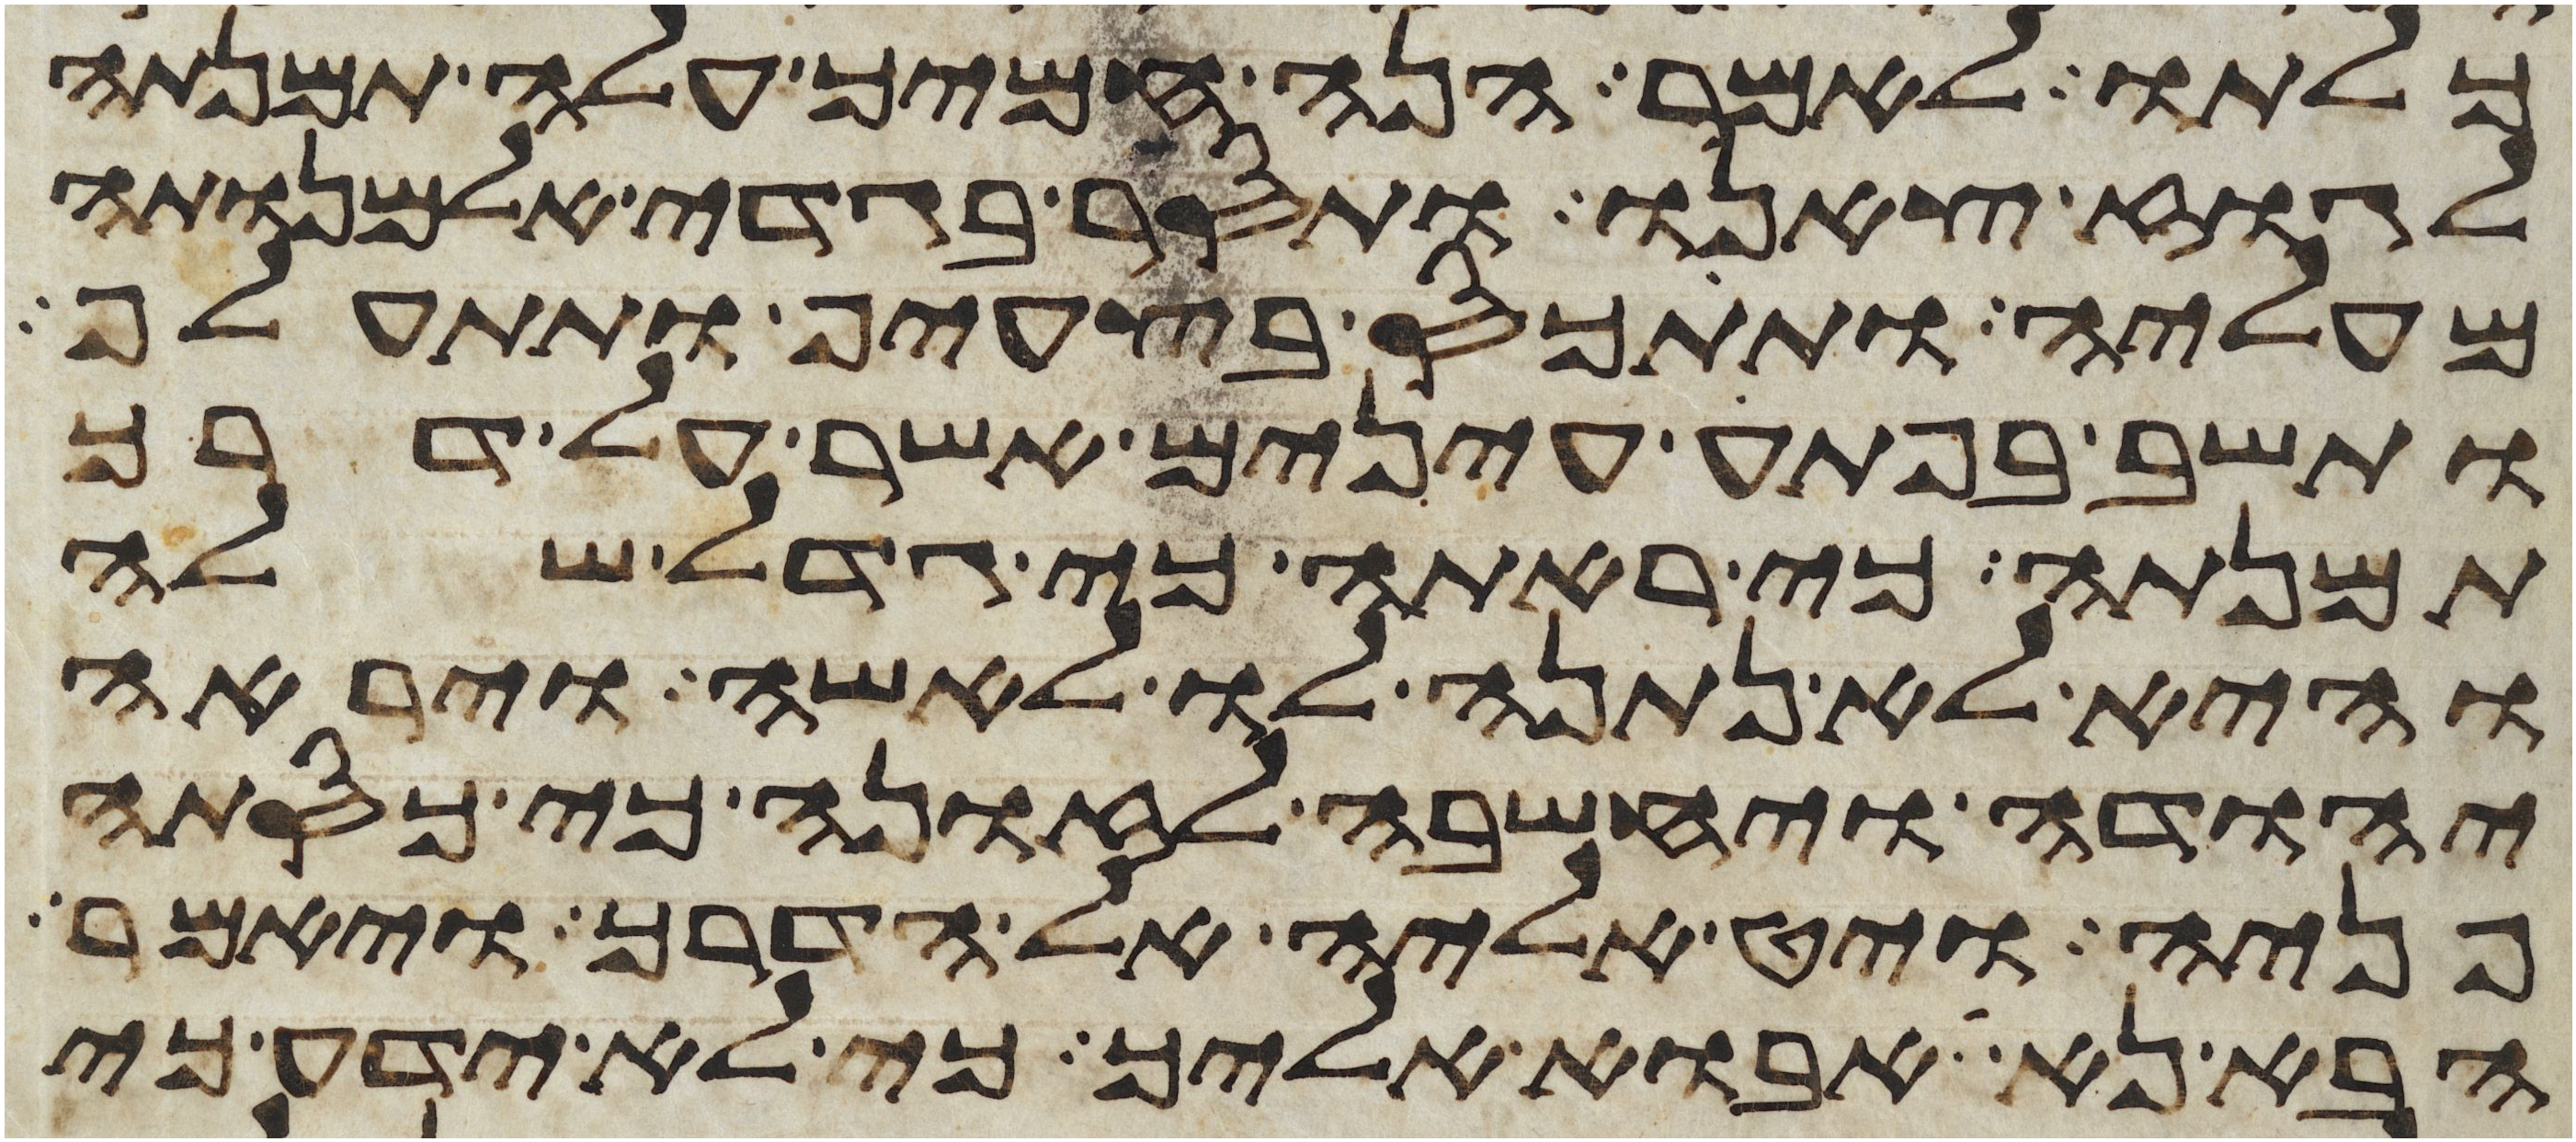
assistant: כלתו לאמר הנה חמיך עלה תמנתה
לגוז צאנו ותסר בגדי אלמנותה
מעליה ותתכס בצעיף ותתעלף
ותשב בפתע עינים אשר על דרך
תמנתה כי ראתה כי גדל שלה
והיא לא נתנה לו לאשה ויראה
יהודה ויחשבה לזונה כי כסתה
פניה ויט אליה אל הדרך ויאמר
הבא נא אבוא אליך כי לא ידע כי